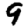
Digit: 9